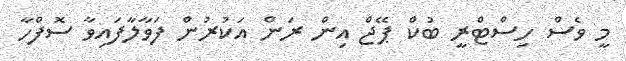
މީ ވެސް ހިސްޓްރީ ބުކް ޕޭޖް އިން ރަން އަކުރުން ފަވާލާފައިވާ ސޮފްހާ